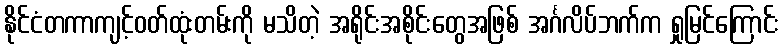
နိုင်ငံတကာကျင့်ဝတ်ထုံးတမ်းကို မသိတဲ့ အရိုင်းအစိုင်းတွေအဖြစ် အင်္ဂလိပ်ဘက်က ရှုမြင်ကြောင်း